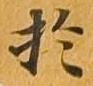
於